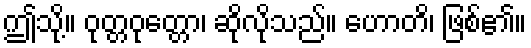
ဤသို့။ ဝုတ္တဝုတ္တော၊ ဆိုလိုသည်။ ဟောတိ၊ ဖြစ်၏။